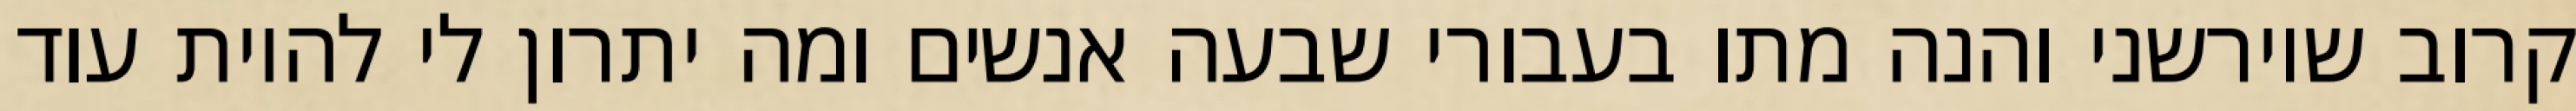
קרוב שיורשני והנה מתו בעבורי שבעה אנשים ומה יתרון לי להיות עוד